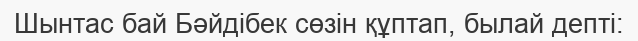
Шынтас бай Бәйдібек сөзін құптап, былай депті: